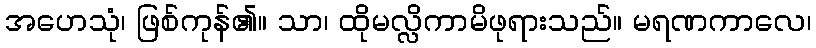
အဟေသုံ၊ ဖြစ်ကုန်၏။ သာ၊ ထိုမလ္လိကာမိဖုရားသည်။ မရဏကာလေ၊